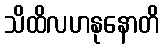
သိထိလဟနုနောတိ